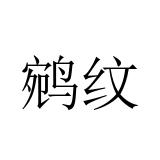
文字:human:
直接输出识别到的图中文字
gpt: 鹓纹